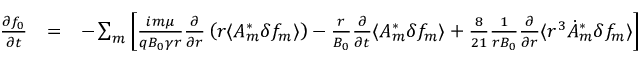
\begin{array} { r l r } { \frac { \partial f _ { 0 } } { \partial t } } & { = } & { - \sum _ { m } \left[ \frac { i m \mu } { q B _ { 0 } \gamma r } \frac { \partial } { \partial r } \left( r \langle A _ { m } ^ { * } \delta f _ { m } \rangle \right) - \frac { r } { B _ { 0 } } \frac { \partial } { \partial t } \langle { A } _ { m } ^ { * } \delta f _ { m } \rangle + \frac { 8 } { 2 1 } \frac { 1 } { r B _ { 0 } } \frac { \partial } { \partial r } \langle r ^ { 3 } \dot { A } _ { m } ^ { * } \delta f _ { m } \rangle \right] } \end{array}